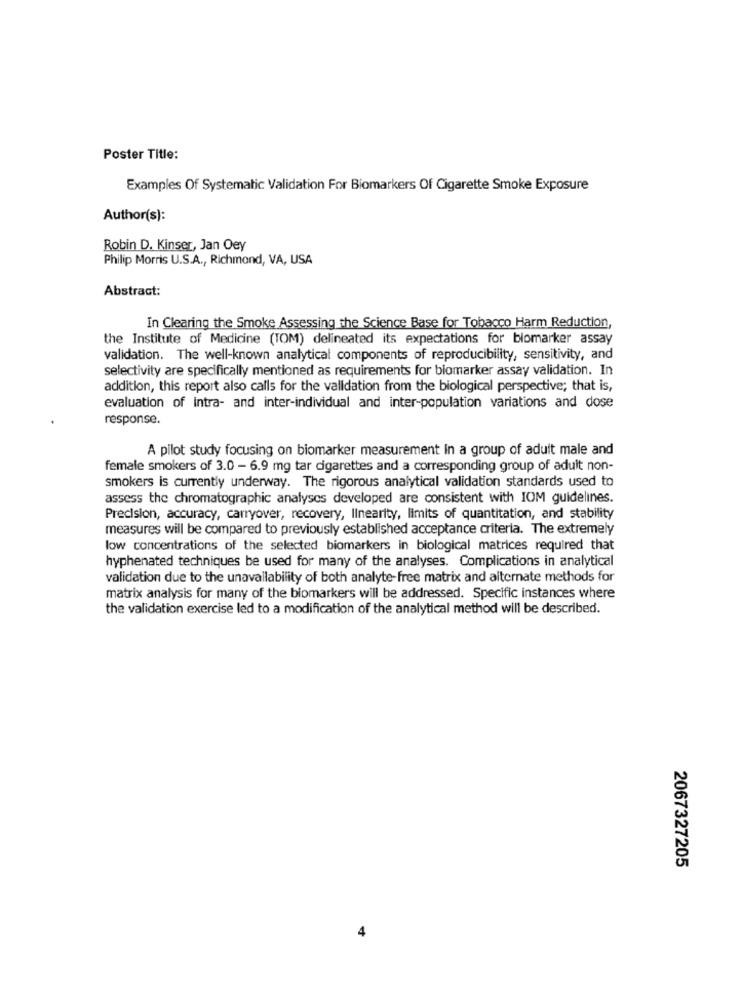
Poster Title:
Examples Of Systematic Validation For Biomarkers Of Cigarette Smoke Exposure
Author(s):
Robin D. Kinser, Jan Oey
Philip Morris U.S.A ., Richmond, VA, USA
Abstract:
In Clearing the Smoke Assessing the Science Base for Tobacco Harm Reduction,
the Institute of Medicine (TOM) delineated its expectations for biomarker assay
validation. The well-known analytical components of reproducibility, sensitivity, and
selectivity are specifically mentioned as requirements for biomarker assay validation. In
addition, this report also calls for the validation from the biological perspective; that is,
evaluation of intra- and inter-individual and inter-population variations and dose
response.
A pilot study focusing on biomarker measurement In a group of adult male and
female smokers of 3.0 - 6.9 mg tar cigarettes and a corresponding group of adult non-
smokers is currently underway. The rigorous analytical validation standards used to
assess the chromatographic analyses developed are consistent with IOM guidelines.
Precision, accuracy, carryover, recovery, linearity, limits of quantitation, and stability
measures will be compared to previously established acceptance criteria. The extremely
low concentrations of the selected biomarkers in biological matrices required that
hyphenated techniques be used for many of the analyses. Complications in analytical
validation due to the unavailability of both analyte-free matrix and alternate methods for
matrix analysis for many of the biomarkers will be addressed. Specific instances where
the validation exercise led to a modification of the analytical method will be described.
2067327205